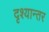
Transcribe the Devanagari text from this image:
दृश्यान्तर